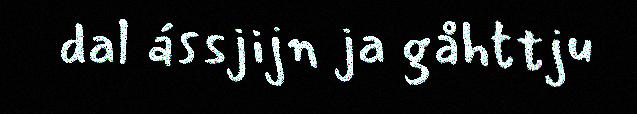
dal ássjijn ja gåhttju